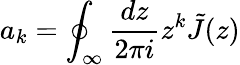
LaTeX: a_{k}=\oint_{\infty}\frac{dz}{2\pi i}z^{k}\tilde{J}(z)